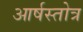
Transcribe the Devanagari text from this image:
आर्षस्तोत्र